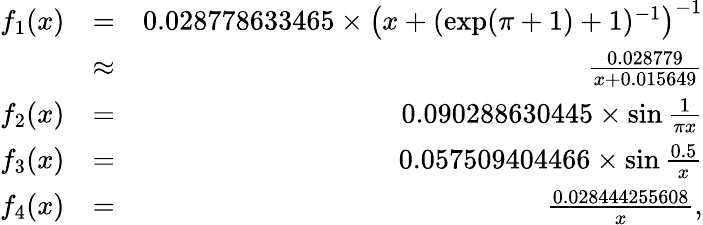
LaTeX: \begin{array}{rlr}{f_{1}(x)}&{=}&{0.028778633465\times\left(x+(\exp(\pi+1)+1)^{-1}\right)^{-1}}\\ &{\approx}&{\frac{0.028779}{x+0.015649}}\\ {f_{2}(x)}&{=}&{0.090288630445\times\sin\frac{1}{\pi x}}\\ {f_{3}(x)}&{=}&{0.057509404466\times\sin\frac{0.5}{x}}\\ {f_{4}(x)}&{=}&{\frac{0.028444255608}{x},}\end{array}